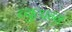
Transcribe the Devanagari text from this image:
व्युत्‍पन्‍न